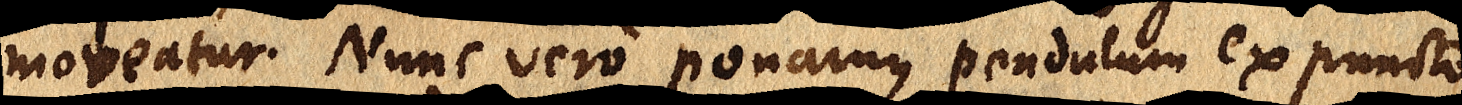
moveatur. Nunc vero ponamus pendulum ex puncto